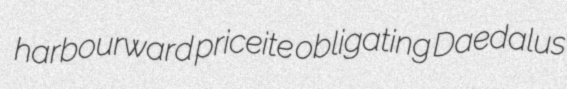
harbourward priceite obligating Daedalus